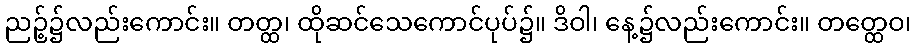
ညဉ့်၌လည်းကောင်း။ တတ္ထ၊ ထိုဆင်သေကောင်ပုပ်၌။ ဒိဝါ၊ နေ့၌လည်းကောင်း။ တတ္ထေဝ၊